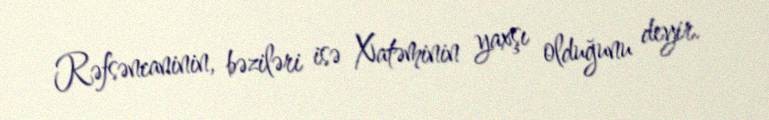
Rəfsəncaninin, bəziləri isə Xatəminin yaxşı olduğunu deyir.